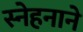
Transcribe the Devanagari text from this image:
स्नेहनाने